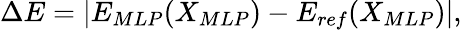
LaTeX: \Delta E=|E_{MLP}(X_{MLP})-E_{ref}(X_{MLP})|,